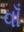
વાઁ